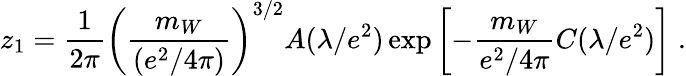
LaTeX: z_{1}={\frac{1}{2\pi}}\left({\frac{m_{W}}{(e^{2}/4\pi)}}\right)^{3/2}A(\lambda/e^{2})\exp\left[-{\frac{m_{W}}{e^{2}/4\pi}}C(\lambda/e^{2})\right]\; .